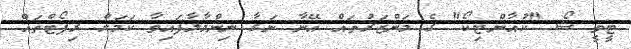
ޓީވީ ޝޯ "ކުއާންޓިކޯ" ގެ މަންޒަރުތައް އޭނާ ނަގާ ނިންމާލާފައިވާ ކަމަށް ރިޕޯޓްތައް